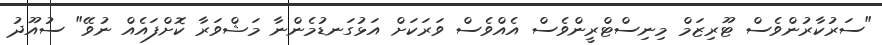
"ސަރުކާރުންވެސް ޓޫރިޒަމް މިނިސްޓްރީންވެސް އެއްވެސް ވަރަކަށް އަޅުގަނޑުމެންނާ މަޝްވަރާ ކޮށްފައެއް ނުވޭ" ސުއޫދު